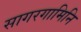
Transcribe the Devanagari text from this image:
सागरगामिनि